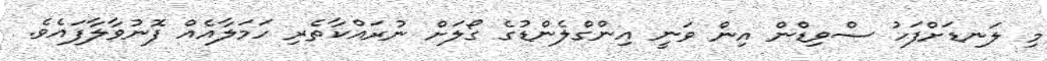
މި ލަނޑަށްފަހު ސްވިޑްން އިން ވަނީ އިންގްލެންޑުގެ ގޯލަށް ނުރައްކާތެރި ހަމަލާއެއް ފޮނުވާލާފައެވެ.